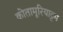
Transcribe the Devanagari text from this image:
कोतामूरियाट्टम